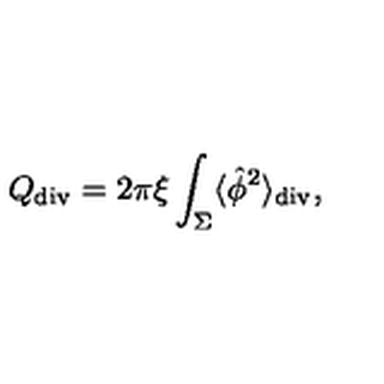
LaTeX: { Q } _ { \tiny \mathrm { d i v } } = 2 \pi \xi \int _ { \Sigma } \langle \hat { \phi } ^ { 2 } \rangle _ { \tiny \mathrm { d i v } } ,